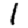
Digit: 1